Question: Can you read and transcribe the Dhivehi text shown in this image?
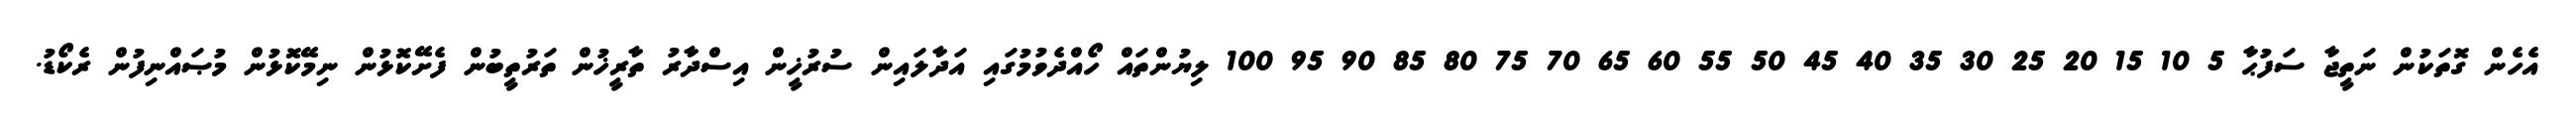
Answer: އެހެން ގޮތަކުން ނަތީޖާ ސަފުޙާ 5 10 15 20 25 30 35 40 45 50 55 60 65 70 75 80 85 90 95 100 ލިޔުންތައް ހޯއްދެވުމުގައި އަދާލައިން ސުރުޚީން އިސްދާރު ތާރީޚުން ތަރުތީބުން ފެށޭކޮޅުން ނިމޭކޮޅުން މުޞައްނިފުން ރެކޯޑު.